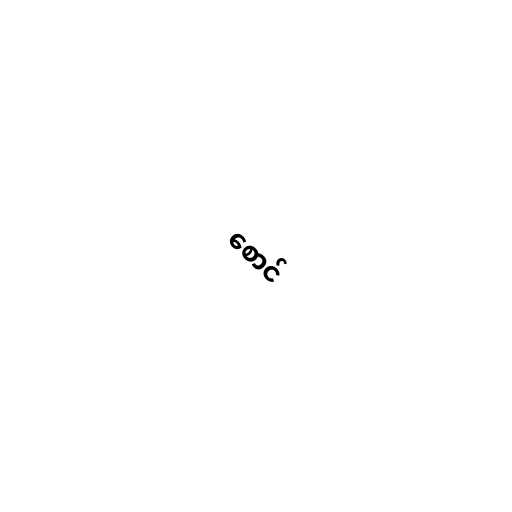
စောင်